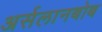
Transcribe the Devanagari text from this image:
अर्सलानबोब